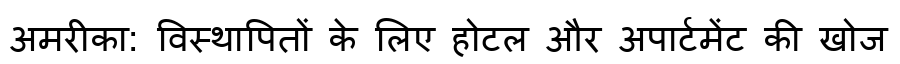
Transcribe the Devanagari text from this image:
अमरीका: विस्थापितों के लिए होटल और अपार्टमेंट की खोज